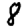
Digit: 8